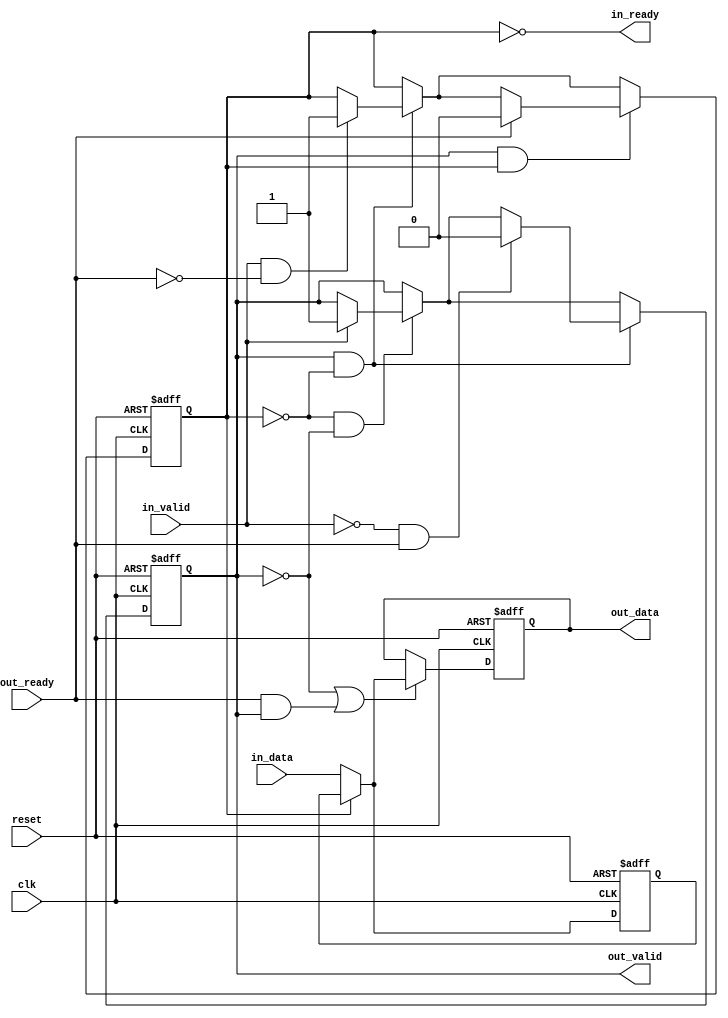
// (C) 2001-2017 Intel Corporation. All rights reserved.
// Your use of Intel Corporation's design tools, logic functions and other 
// software and tools, and its AMPP partner logic functions, and any output 
// files any of the foregoing (including device programming or simulation 
// files), and any associated documentation or information are expressly subject 
// to the terms and conditions of the Intel Program License Subscription 
// Agreement, Intel MegaCore Function License Agreement, or other applicable 
// license agreement, including, without limitation, that your use is for the 
// sole purpose of programming logic devices manufactured by Intel and sold by 
// Intel or its authorized distributors.  Please refer to the applicable 
// agreement for further details.


// $File: //acds/rel/16.1/ip/avalon_st/altera_avalon_st_pipeline_stage/altera_avalon_st_pipeline_base.v $
// $Revision: #1 $
// $Date: 2016/08/07 $
// $Author: swbranch $
//------------------------------------------------------------------------------

`timescale 1ns / 1ns

module altera_avalon_st_pipeline_base (
                                       clk,
                                       reset,
                                       in_ready,
                                       in_valid,
                                       in_data,
                                       out_ready,
                                       out_valid,
                                       out_data
                                       );

   parameter  SYMBOLS_PER_BEAT  = 1;
   parameter  BITS_PER_SYMBOL   = 8;
   parameter  PIPELINE_READY    = 1;
   localparam DATA_WIDTH = SYMBOLS_PER_BEAT * BITS_PER_SYMBOL;
   
   input clk;
   input reset;
   
   output in_ready;
   input  in_valid;
   input [DATA_WIDTH-1:0] in_data;
   
   input                  out_ready;
   output                 out_valid;
   output [DATA_WIDTH-1:0] out_data;
   
   reg                     full0;
   reg                     full1;
   reg [DATA_WIDTH-1:0]    data0;
   reg [DATA_WIDTH-1:0]    data1;

   assign out_valid = full1;
   assign out_data  = data1;    
   
   generate if (PIPELINE_READY == 1) 
     begin : REGISTERED_READY_PLINE
        
        assign in_ready  = !full0;

        always @(posedge clk, posedge reset) begin
           if (reset) begin
              data0 <= {DATA_WIDTH{1'b0}};
              data1 <= {DATA_WIDTH{1'b0}};
           end else begin
              // ----------------------------
              // always load the second slot if we can
              // ----------------------------
              if (~full0)
                data0 <= in_data;
              // ----------------------------
              // first slot is loaded either from the second,
              // or with new data
              // ----------------------------
              if (~full1 || (out_ready && out_valid)) begin
                 if (full0)
                   data1 <= data0;
                 else
                   data1 <= in_data;
              end
           end
        end
        
        always @(posedge clk or posedge reset) begin
           if (reset) begin
              full0    <= 1'b0;
              full1    <= 1'b0;
           end else begin
              // no data in pipeline
              if (~full0 & ~full1) begin
                 if (in_valid) begin
                    full1 <= 1'b1;
                 end
              end // ~f1 & ~f0

              // one datum in pipeline 
              if (full1 & ~full0) begin
                 if (in_valid & ~out_ready) begin
                    full0 <= 1'b1;
                 end
                 // back to empty
                 if (~in_valid & out_ready) begin
                    full1 <= 1'b0;
                 end
              end // f1 & ~f0
              
              // two data in pipeline 
              if (full1 & full0) begin
                 // go back to one datum state
                 if (out_ready) begin
                    full0 <= 1'b0;
                 end
              end // end go back to one datum stage
           end
        end

     end 
   else 
     begin : UNREGISTERED_READY_PLINE
	
	// in_ready will be a pass through of the out_ready signal as it is not registered
	assign in_ready = (~full1) | out_ready;
	
	always @(posedge clk or posedge reset) begin
	   if (reset) begin
	      data1 <= 'b0;
	      full1 <= 1'b0;
	   end
	   else begin
	      if (in_ready) begin
		 data1 <= in_data;
		 full1 <= in_valid;
	      end
	   end
	end		
     end
   endgenerate
endmodule